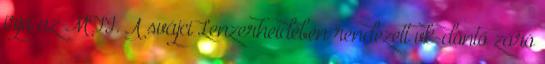
írja az MTI. A svájci Lenzerheidében rendezett vk-döntő záró